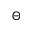
\Theta